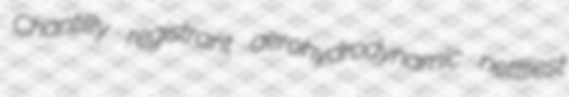
Chantilly registrant aerohydrodynamic nettliest